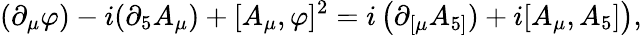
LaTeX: (\partial_{\mu}\varphi)-i(\partial_{5}A_{\mu})+[A_{\mu},\varphi]^{2}=i\left(\partial_{\lbrack\mu}A_{5]})+i[A_{\mu},A_{5}]\right),